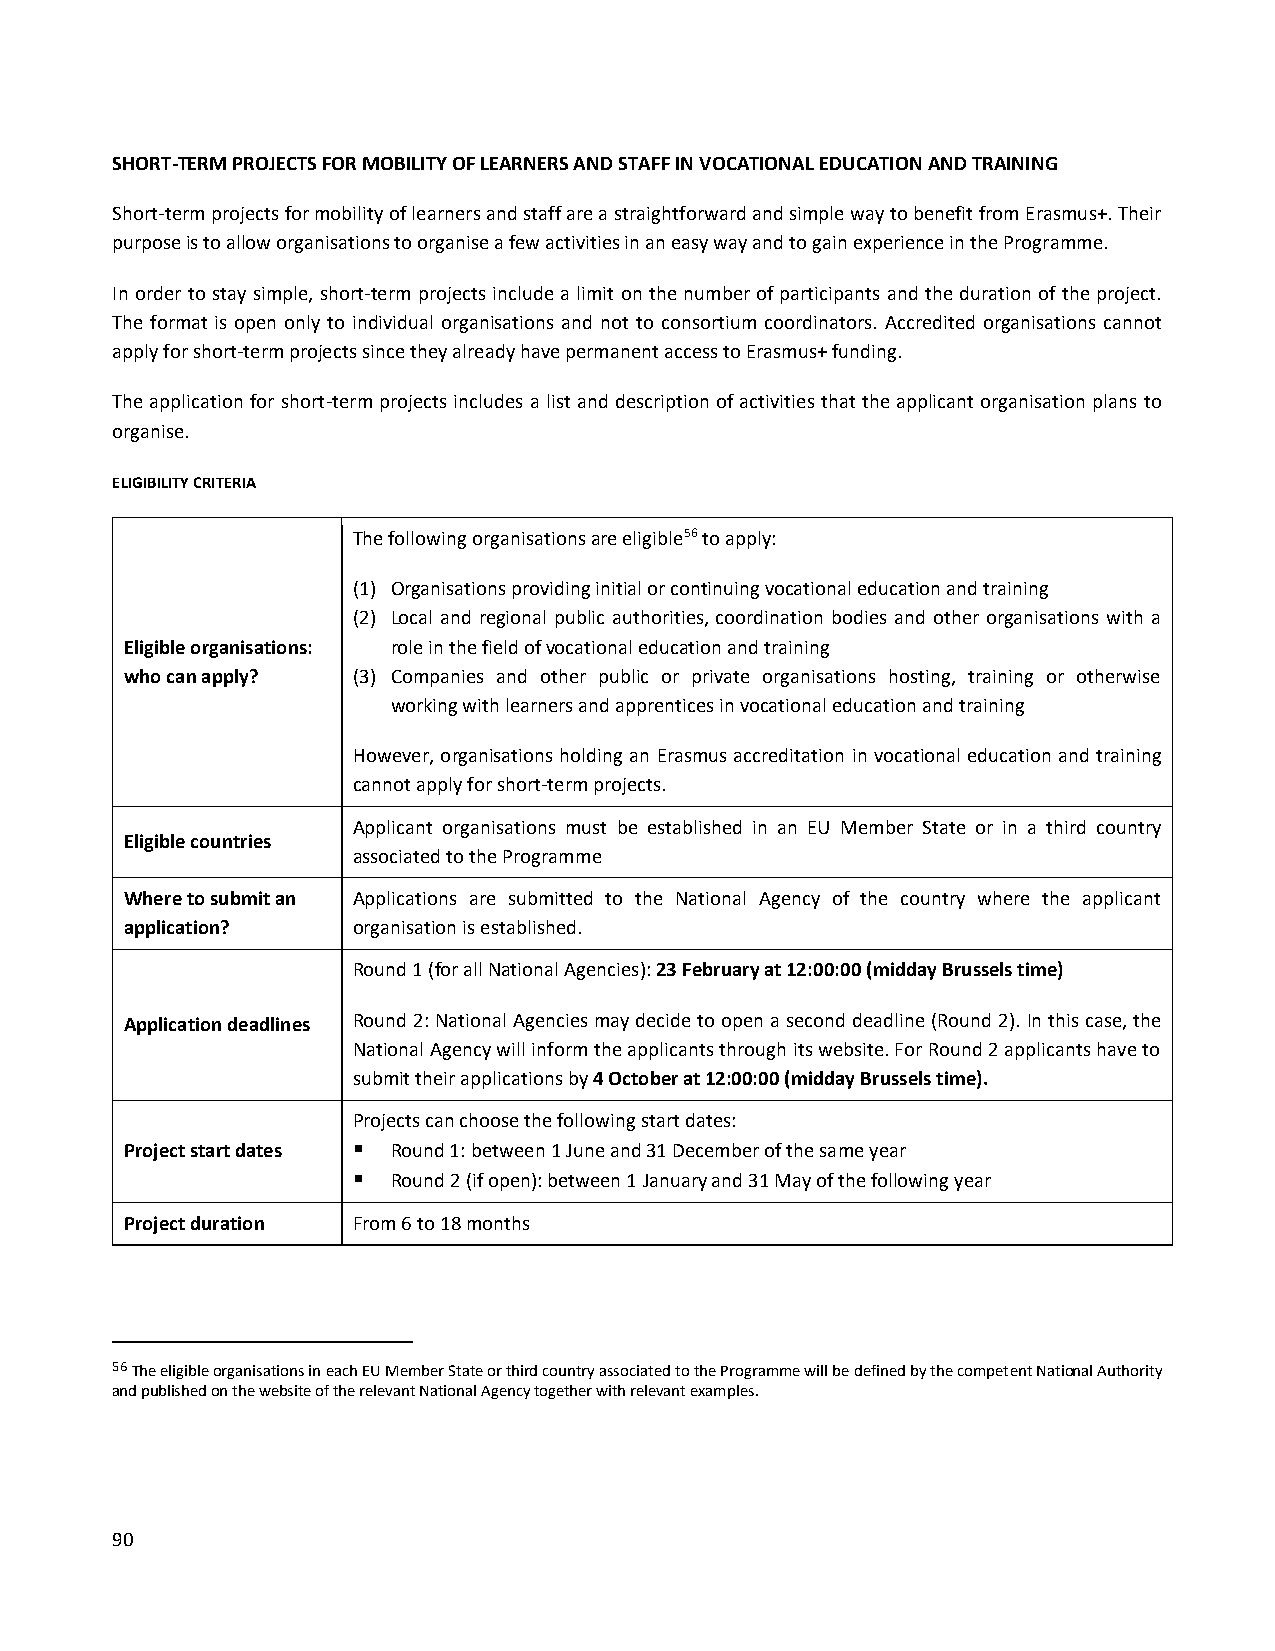
SHORT-TERM PROJECTS FOR MOBILITY OF LEARNERS AND STAFF IN VOCATIONAL EDUCATION AND TRAINING
 Short-term projects for mobility of learners and staff are a straightforward and simple way to benefit from Erasmus+. Their
 purpose is to allow organisations to organise a few activities in an easy way and to gain experience in the Programme.
 In order to stay simple, short-term projects include a limit on the number of participants and the duration of the project.
 The format is open only to individual organisations and not to consortium coordinators. Accredited organisations cannot
 apply for short-term projects since they already have permanent access to Erasmus+ funding.
 The application for short-term projects includes a list and description of activities that the applicant organisation plans to
 organise.
 ELIGIBILITY CRITERIA
 The following organisations are eligible56 to apply:
 (1) Organisations providing initial or continuing vocational education and training
 (2) Local and regional public authorities, coordination bodies and other organisations with a
 Eligible organisations: role in the field of vocational education and training
 who can apply? (3) Companies and other public or private organisations hosting, training or otherwise
 working with learners and apprentices in vocational education and training
 However, organisations holding an Erasmus accreditation in vocational education and training
 cannot apply for short-term projects.
 Applicant organisations must be established in an EU Member State or in a third country
 Eligible countries
 associated to the Programme
 Where to submit an Applications are submitted to the National Agency of the country where the applicant
 application?   organisation is established.
 Round 1 (for all National Agencies): 23 February at 12:00:00 (midday Brussels time)
 Application deadlines Round 2: National Agencies may decide to open a second deadline (Round 2). In this case, the
 National Agency will inform the applicants through its website. For Round 2 applicants have to
 submit their applications by 4 October at 12:00:00 (midday Brussels time).
 Projects can choose the following start dates:
 Project start dates  Round 1: between 1 June and 31 December of the same year
   Round 2 (if open): between 1 January and 31 May of the following year
 Project duration From 6 to 18 months
 56 The eligible organisations in each EU Member State or third country associated to the Programme will be defined by the competent National Authority
 and published on the website of the relevant National Agency together with relevant examples.
 90